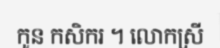
កូន កសិករ ។ លោកស្រី